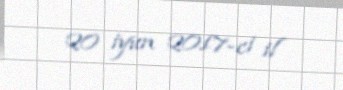
20 iyun 2017-ci il